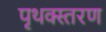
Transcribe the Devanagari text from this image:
पृथक्स्तरण